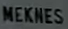
MEKNES